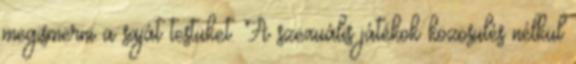
megismerni a saját testüket. A szexuális játékok közösülés nélkül